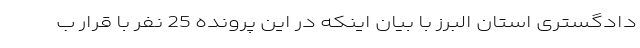
دادگستری استان البرز با بیان اینکه در این پرونده 25 نفر با قرار ب